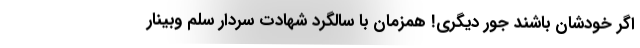
اگر خودشان باشند جور دیگری! همزمان با سالگرد شهادت سردار سلم وبینار